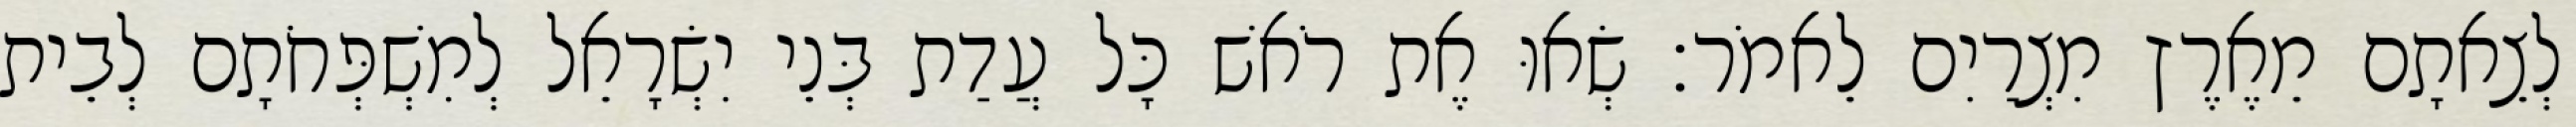
לְצֵאתָם מֵאֶרֶץ מִצְרַיִם לֵאמֹר׃ שְׂאוּ אֶת רֹאשׁ כָּל עֲדַת בְּנֵי יִשְׂרָאֵל לְמִשְׁפְּחֹתָם לְבֵית